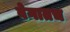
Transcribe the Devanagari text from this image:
वेगातच